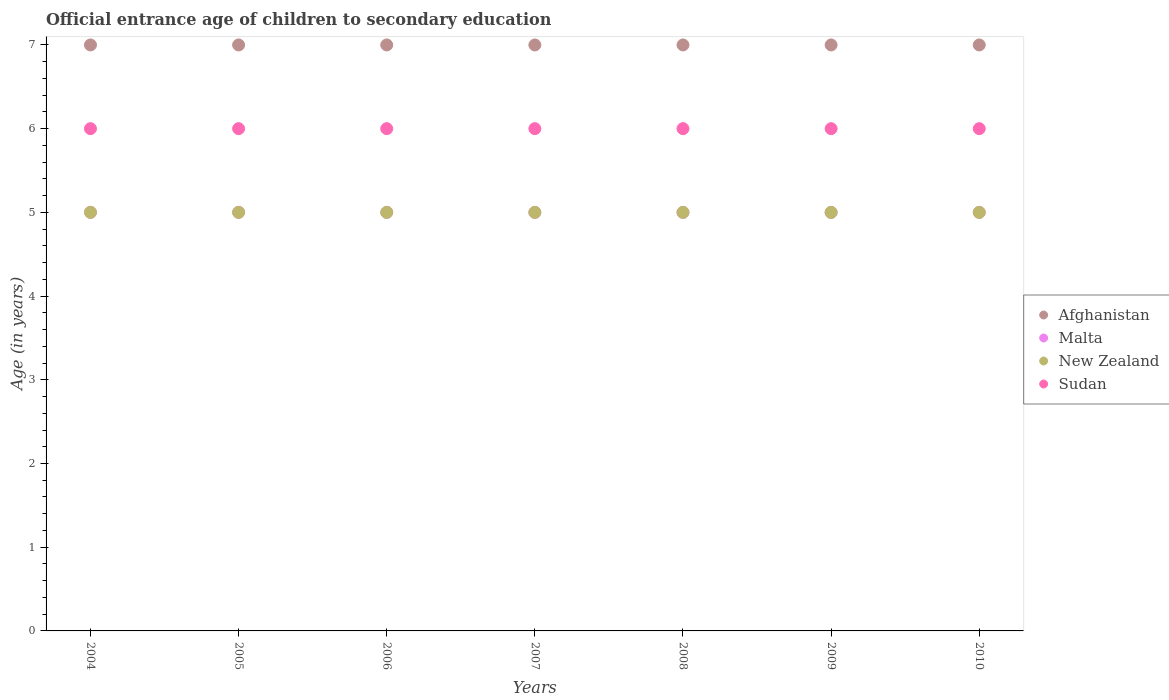
| Years | Afghanistan | Malta | New Zealand | Sudan |
 | --- | --- | --- | --- | --- |
 | 2004 | 7 | 5 | 5 | 6 |
 | 2005 | 7 | 5 | 5 | 6 |
 | 2006 | 7 | 5 | 5 | 6 |
 | 2007 | 7 | 5 | 5 | 6 |
 | 2008 | 7 | 5 | 5 | 6 |
 | 2009 | 7 | 5 | 5 | 6 |
 | 2010 | 7 | 5 | 5 | 6 |